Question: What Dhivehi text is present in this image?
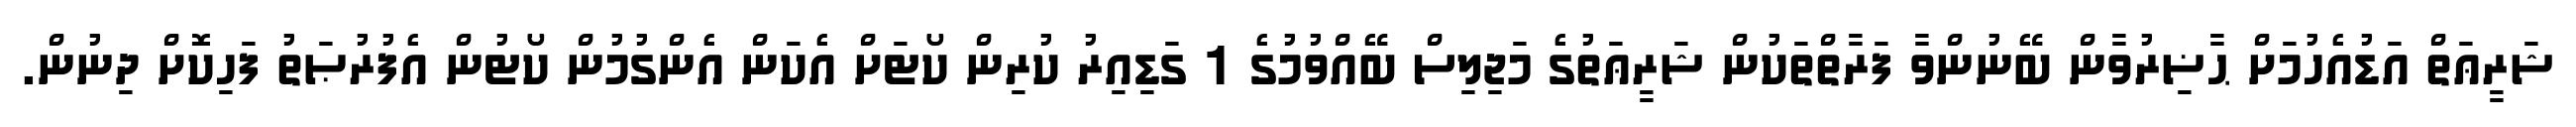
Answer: ޝަރީޢަތް އަޑުއެހުމަށް ޙާޟިރުވާން ބޭނުންވާ ފަރާތްތަކުން ޝަރީޢަތުގެ މަޖިލިސް ބޭއްވުމުގެ 1 ގަޑިއިރު ކުރިން ކޯޓަށް އެކަން އެންގުމުން ކޯޓުން އެފުރުޞަތު ފަހިކޮށް ދިނުން.